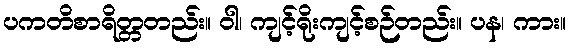
ပကတိစာရိတ္တတည်း။ ဝါ၊ ကျင့်ရိုးကျင့်စဉ်တည်း။ ပန၊ ကား။